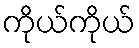
ကိုယ်ကိုယ်